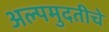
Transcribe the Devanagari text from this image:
अल्पमुदतीचे